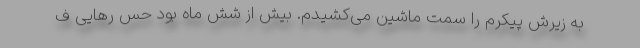
به زیرش پیکرم را سمت ماشین می‌کشیدم. بیش از شش ماه بود حس رهایی ف